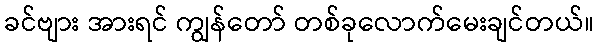
ခင်ဗျား အားရင် ကျွန်တော် တစ်ခုလောက်မေးချင်တယ်။